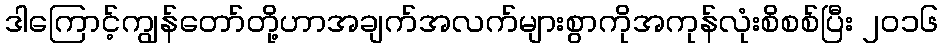
ဒါကြောင့်ကျွန်တော်တို့ဟာအချက်အလက်များစွာကိုအကုန်လုံးစိစစ်ပြီး ၂၀၁၆